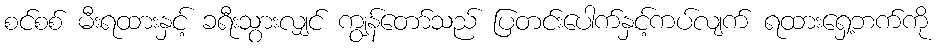
စင်စစ် မီးရထားနှင့် ခရီးသွားလျှင် ကျွန်တော်သည် ပြတင်းပေါက်နှင့်ကပ်လျက် ရထားရှေ့ဘက်ကို